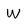
Character: W